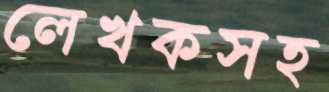
লেখকসহ